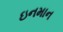
ઇનમાન